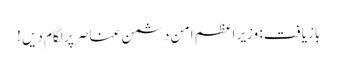
بازیافت : وزیر اعظم امن دشمن عناصر پر لگام دیں !